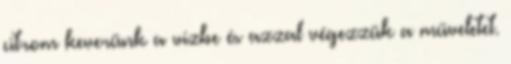
citrom keverünk a vízbe és azzal végezzük a műveletet.